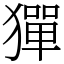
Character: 㺗